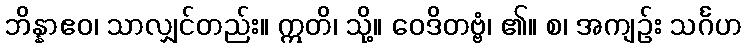
ဘိန္နာဧဝ၊ သာလျှင်တည်း။ ဣတိ၊ သို့။ ဝေဒိတဗ္ဗံ၊ ၏။ စ၊ အကျဉ်း သင်္ဂဟ